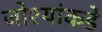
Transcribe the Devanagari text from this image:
जोश्यांकडे